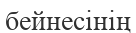
бейнесінің